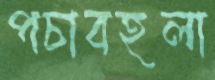
পচাবহলা